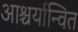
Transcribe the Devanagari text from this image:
आश्चर्यान्वित